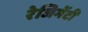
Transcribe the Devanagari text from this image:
रेजिमेंटी